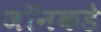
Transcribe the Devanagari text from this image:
जॉनकडे